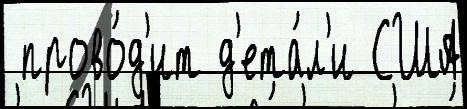
 прово́д'ит д'ета́л'и США